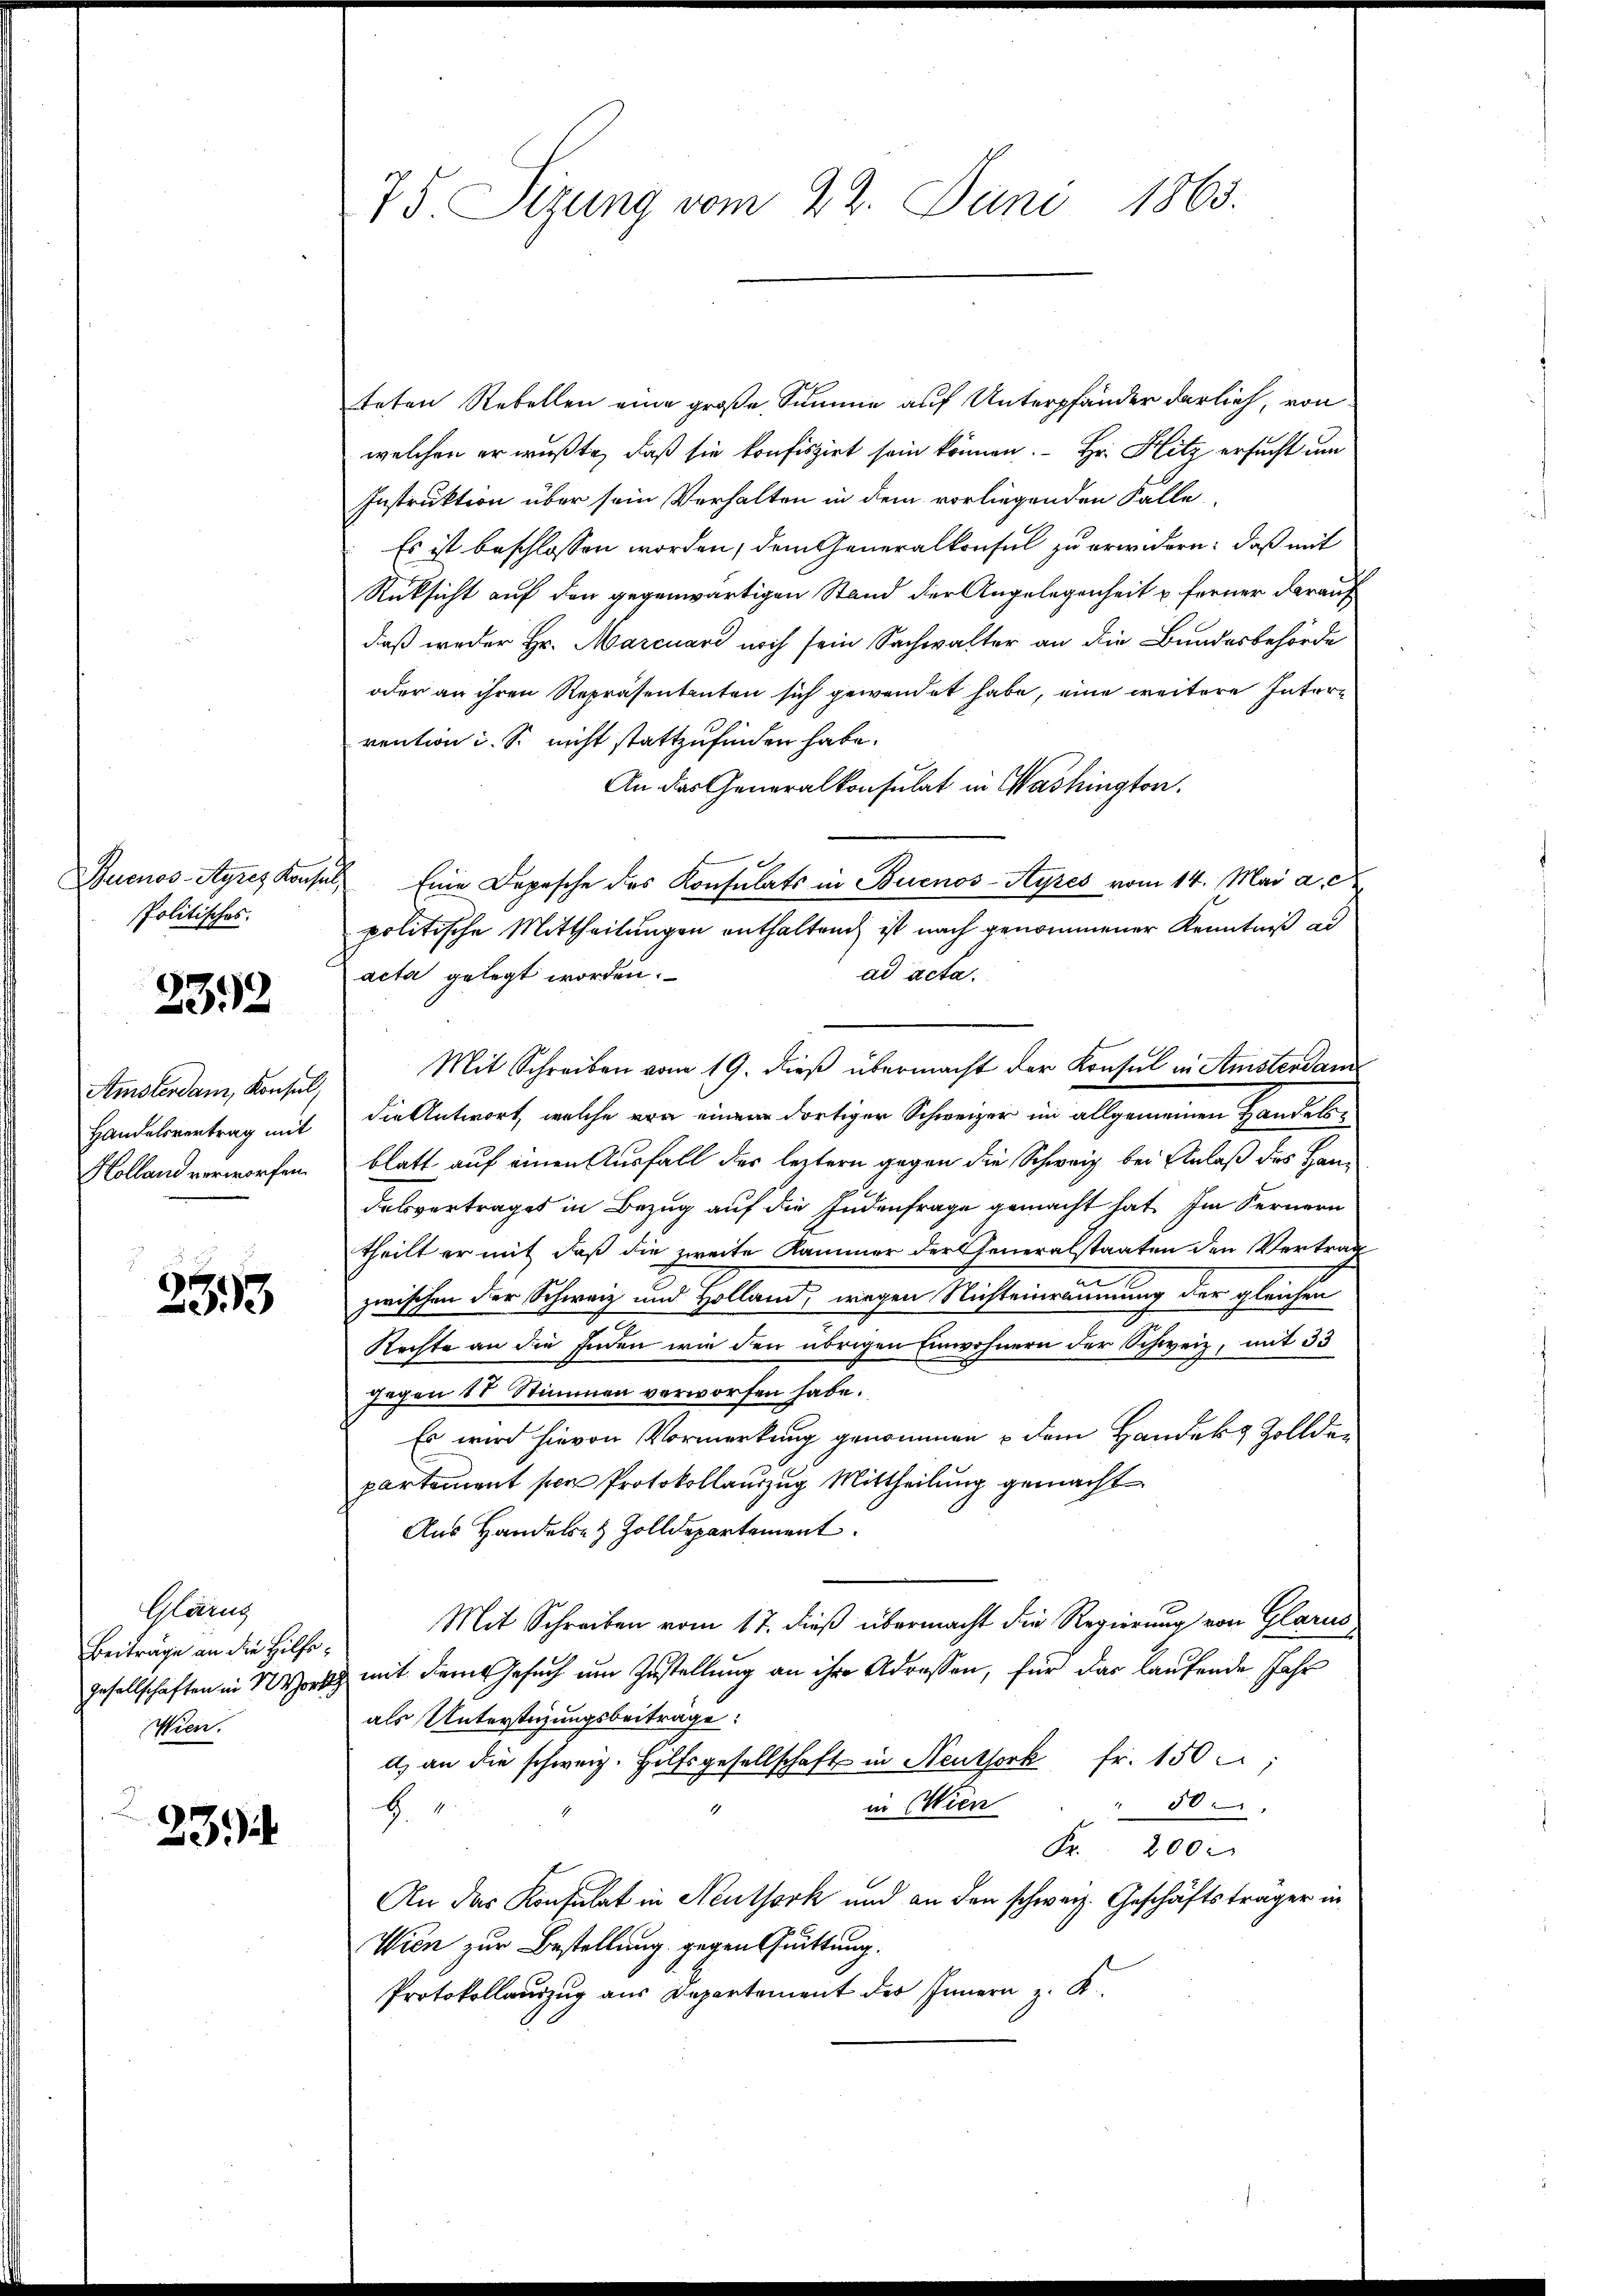
Politisches.

3352

Amsterdam, Konsul,
Handelsvertrag mit
Kolland verworfen.

e
33

Gläng
Beiträge an die Hilfs¬
Wien.

23.

75 Sizung vom 22. Juni 1865.

teten Rebellen eine große Summe auf Unterpfänder derlieh, von
welchen er wußte, daß sie konfiszirt sein können. Hr. Hitz ersucht um
Instruktion über sein Verhalten in dem vorliegenden Fälle
Es ist beschlossen worden, dem Generalkonsul zu erwidern: daß mit
Rücksicht auf den gegenwärtigen Stand der Angelegenheit u. ferner darauf
daß weder Hr. Marcuard noch sein Sachwalter an die Bundesbehörde
oder an ihren Repräsentanten sich gewendet habe, eine weitere Intervention i. S. nicht stattzufinden habe.
An das Generalkonsulat in Washington.
Buenos-Ayres Konsul, Eine Depesche des Konsulats in Buenos-Ayres vom 14. Mai a. c.
politische Mittheilungen enthalten ist nach genommener Kenntniß al
ad acta.
acta gelegt worden.
Mit Schreiben vom 19. dieß übermacht der Konsul in Amstendam
die Antwort, welche von einem dortiger Schweizer im allgemeinen Handels
blatt auf einen Ausfall der leztern gegen die Schweiz bei Anlaß des Handelsvertrages in Bezug auf die Judenfrage gemacht hat. Im Fernern
theilt er mit daß die zweite Kammer der Generalstaaten den Vertrag
2
zwischen der Schweiz und Holland, wegen Nichteinräumung der gleichen
Rechte an die Enden wie den übrigen Einwohnern der Schweiz, mit 33
gegen 11 Stimmen verworfen habe.
Es wird hievon Vormerkung genommen u dem Handek & Zollder
partement sen Protokollauszug Mittheilung gemacht
Aus Handeln & Zolldepartement
Mit Schreiben vom 17. dieß übermacht die Regierung von Glarus,
gesellschaften in Sors mit dem Gesuch um Zustellung an ihre Adressen, für das laufende Jahr
als Unterstüzungsbeiträge:
d) an die schweiz. Hilfsgesellschaft in Neuthork fr. 150 f:
in Wien
H. v.
" 50
Fr. 200 x
An das Konsulat in Neuthork und an den schweiz. Geschäftsträger in
Wien zur Bestellung gegen Quittung.
Protokollauszug aus Departement der Innern z. K.